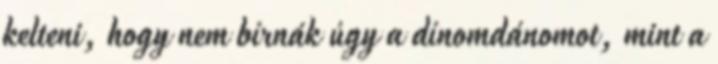
kelteni, hogy nem bírnák úgy a dínomdánomot, mint a